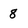
Character: 8